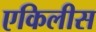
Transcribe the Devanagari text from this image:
एकिलीस